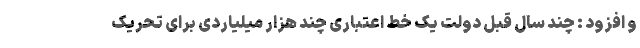
و افزود : چند سال قبل دولت یک خط اعتباری چند هزار میلیاردی برای تحریک